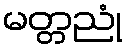
မတ္တညုံ